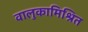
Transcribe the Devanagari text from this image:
वालुकामिश्रित